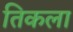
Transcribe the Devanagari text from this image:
तिकला